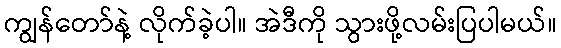
ကျွန်တော်နဲ့ လိုက်ခဲ့ပါ။ အဲဒီကို သွားဖို့လမ်းပြပါမယ်။